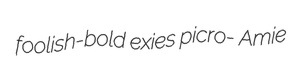
foolish-bold exies picro- Amie